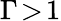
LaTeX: \Gamma\! >\! 1